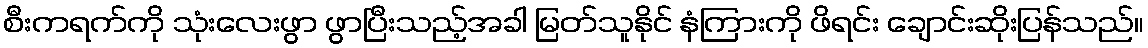
စီးကရက်ကို သုံးလေးဖွာ ဖွာပြီးသည့်အခါ မြတ်သူနိုင် နံကြားကို ဖိရင်း ချောင်းဆိုးပြန်သည်။